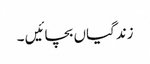
زندگیاں بچائیں ۔